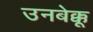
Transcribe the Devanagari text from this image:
उनबेक्कू